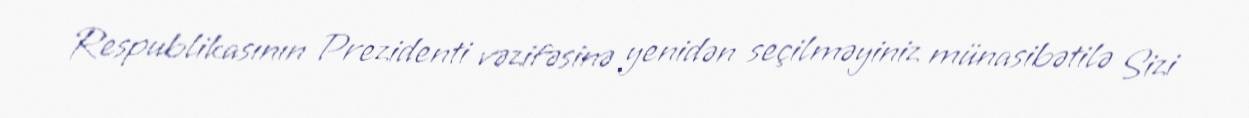
Respublikasının Prezidenti vəzifəsinə yenidən seçilməyiniz münasibətilə Sizi